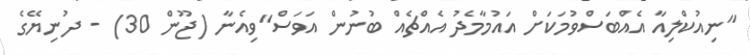
"ނިއުކްލިއާ އެއްބަސްވުމަކަށް އައުމާމެދު އެއްޗެއް ބުނުން އަވަސް"ވިއެނާ (ޖޫން 30) - ދުނިޔޭގެ